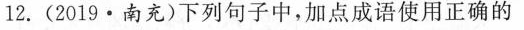
12.(2019·南充)下列句子中，加点成语使用正确的